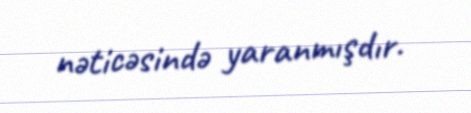
nəticəsində yaranmışdır.